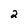
Character: 2